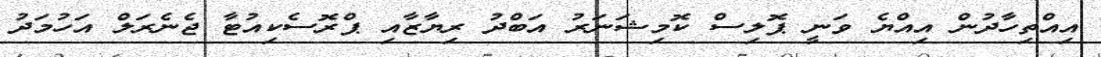
އިއްތިހާދުން އިއްޔެ ވަނީ ޕޮލިސް ކޮމިޝަނަރު އަބްދު ރިޔާޒާއި ޕްރޮސެކިއުޓާ ޖެނެރަލް އަހުމަދު